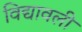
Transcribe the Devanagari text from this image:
विद्यावली